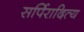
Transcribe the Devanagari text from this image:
सर्पिरादित्य